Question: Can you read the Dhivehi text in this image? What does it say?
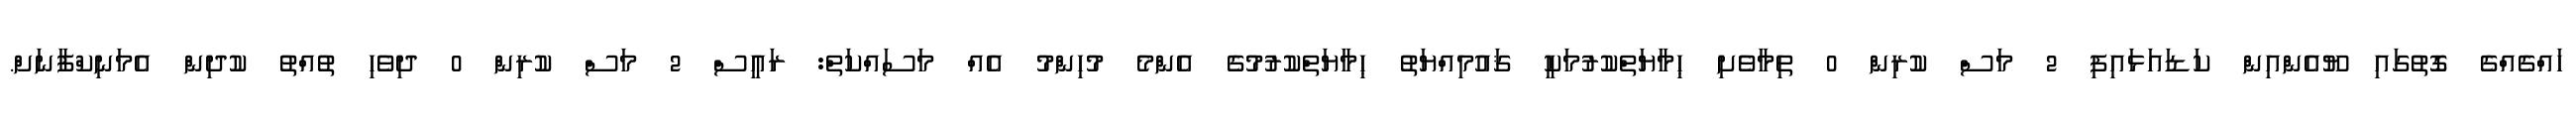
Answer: ހައްގެއްގެ ގޮތުގައި ޔޫއެންއިން ކަޑައަޅައިފި 2 މަސް ކުރިން 0 ތިމާވެށި ޙިމާޔަތްކުރުމަކީ ޤައުމިއްޔަތު ޙިމާޔަތްކުރުމުގެ އެންމެ މުހިންމު އެއް މަސައްކަތް: ރައީސް 2 މަސް ކުރިން 0 ދިވެހި ތުއްތު ކުދިން އެމަނިކްފާނަށް.